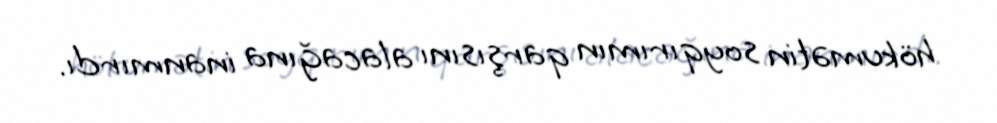
hökumətin soyqırımın qarşısını alacağına inanmırdı.